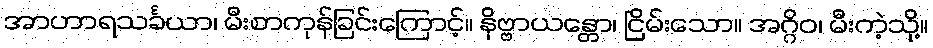
အာဟာရသင်္ခယာ၊ မီးစာကုန်ခြင်းကြောင့်။ နိဗ္ဗာယန္တော၊ ငြိမ်းသော။ အဂ္ဂိဝ၊ မီးကဲ့သို့။